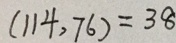
( 1 1 4 , 7 6 ) = 3 8